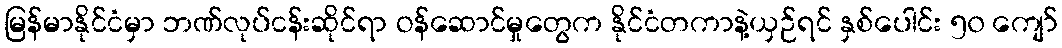
မြန်မာနိုင်ငံမှာ ဘဏ်လုပ်ငန်းဆိုင်ရာ ဝန်ဆောင်မှုတွေက နိုင်ငံတကာနဲ့ယှဉ်ရင် နှစ်ပေါင်း ၅၀ ကျော်